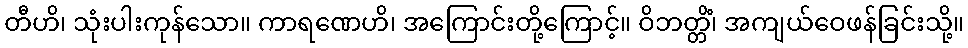
တီဟိ၊ သုံးပါးကုန်သော။ ကာရဏေဟိ၊ အကြောင်းတို့ကြောင့်။ ဝိဘတ္တိံ၊ အကျယ်ဝေဖန်ခြင်းသို့။